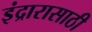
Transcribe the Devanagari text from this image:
इंद्रारासाठी